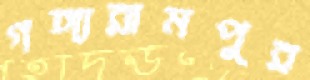
গঙ্গারামপুর